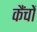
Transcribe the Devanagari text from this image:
कैंचों